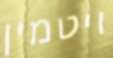
ויטמין